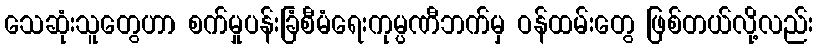
သေဆုံးသူတွေဟာ စက်မှုပန်းခြံစီမံရေးကုမ္ပဏီဘက်မှ ဝန်ထမ်းတွေ ဖြစ်တယ်လို့လည်း